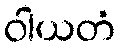
ဝါယတံ